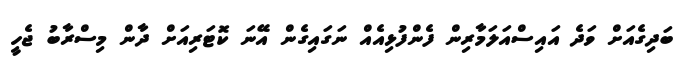
ބަދިގެއަށް ވަދެ އައިސްއަލަމާރިން ފެންފުޅިއެއް ނަގައިގެން އޭނަ ކޮޓަރިއަށް ދާން މިސްރާބު ޖެހީ